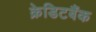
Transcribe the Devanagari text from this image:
क्रेडिटबैंक